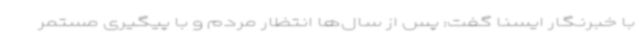
با خبرنگار ایسنا گفت: پس از سال‌ها انتظار مردم و با پیگیری مستمر